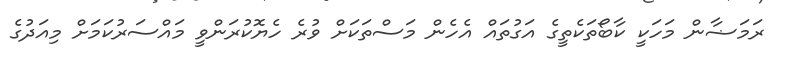
ރަމަޟާން މަހަކީ ކާބޯތަކެތީގެ އަގުތައް އެހެން މަސްތަކަށް ވުރެ ހެޔޮކުރަންވީ މައްސަރުކަމަށް މިއަދުގެ